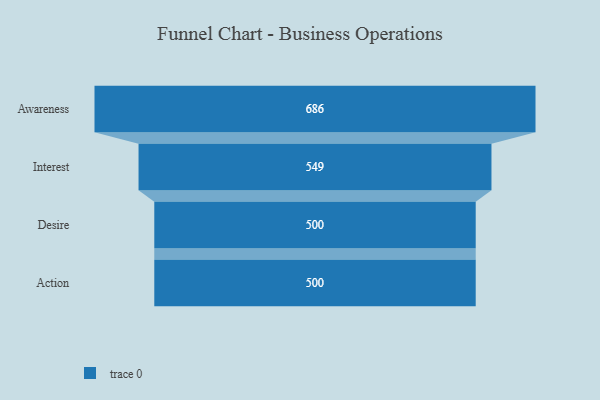
{"axis": {"x": "Stage", "y": "Value"}, "legend": [""], "data": [{"x": "Awareness", "y": 686.0, "type": ""}, {"x": "Interest", "y": 549.0, "type": ""}, {"x": "Desire", "y": 500, "type": ""}, {"x": "Action", "y": 500, "type": ""}]}